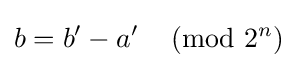
b=b'-a'\,{\pmod {2^{n}}}